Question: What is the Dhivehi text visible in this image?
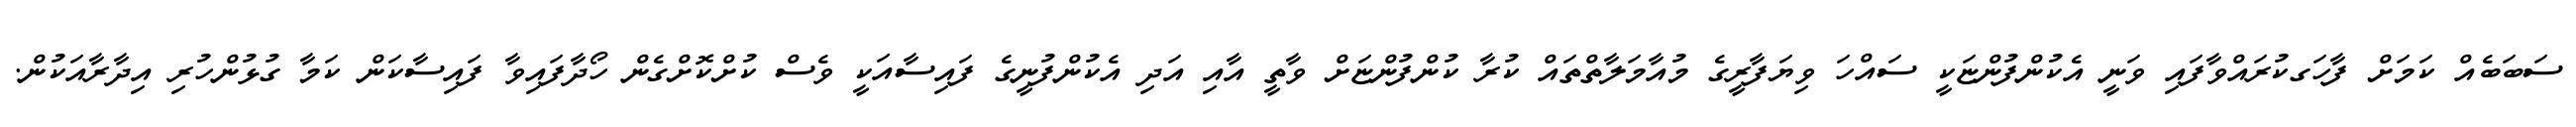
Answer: ސަބަބެއް ކަމަށް ފާހަގކުރައްވާފައި ވަނީ އެކުންފުންޏަކީ ސައްހަ ވިޔަފާރީގެ މުއާމަލާތްތައް ކުރާ ކުންފުންޏަށް ވާތީ އާއި އަދި އެކުންފުނީގެ ފައިސާއަކީ ވެސް ކުށްކޮށްގެން ހޯދާފައިވާ ފައިސާކަން ކަމާ ގުޅުންހުރި އިދާރާއަކުން.